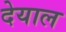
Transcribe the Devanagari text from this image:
देयाल